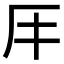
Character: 𠨭